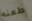
طعنه